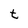
Character: t